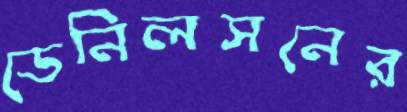
ডেনিলসনের